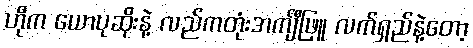
ဟိုက ယောပုဆိုးနဲ့ လည်ကတုံးအင်္ကျီဖြူ လက်ရှည်နဲ့တော့